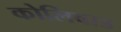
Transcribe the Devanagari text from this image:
कोलिवाड